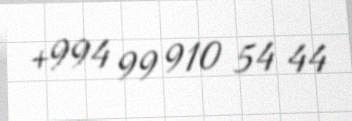
+994 99 910 54 44